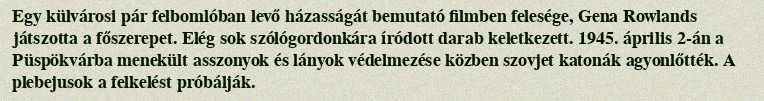
Egy külvárosi pár felbomlóban levő házasságát bemutató filmben felesége, Gena Rowlands játszotta a főszerepet. Elég sok szólógordonkára íródott darab keletkezett. 1945. április 2-án a Püspökvárba menekült asszonyok és lányok védelmezése közben szovjet katonák agyonlőtték. A plebejusok a felkelést próbálják.